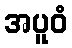
အပူဝံ